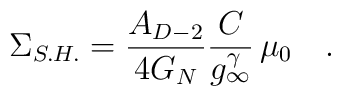
\Sigma_{S.H.} = \frac{A_{D-2}}{4 G_N} \frac{C}{g_\infty^\gamma}\,\mu_0 \quad .